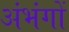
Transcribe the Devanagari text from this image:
अंभंगों